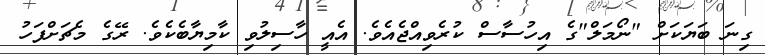
ގިނަ ބަޔަކަށް "ނޯމަލް"ގެ އިހުސާސް ކުރެވިއްޖެއެވެ. އެއީ ހާސިލުވި ކާމިޔާބެކެވެ. ރޭގެ މެޗަށްފަހު